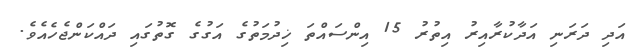
އަދި ދަރަނި އަދާކުރާއިރު އިތުރު 15 އިންސައްތަ ޚިދުމަތުގެ އަގުގެ ގޮތުގައި ދައްކަންޖެހެއެވެ.